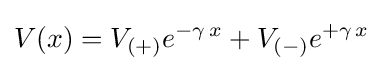
V(x)=V_{(+)}e^{-\gamma \,x}+V_{(-)}e^{+\gamma \,x}